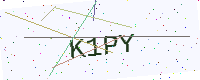
Text: K1PY